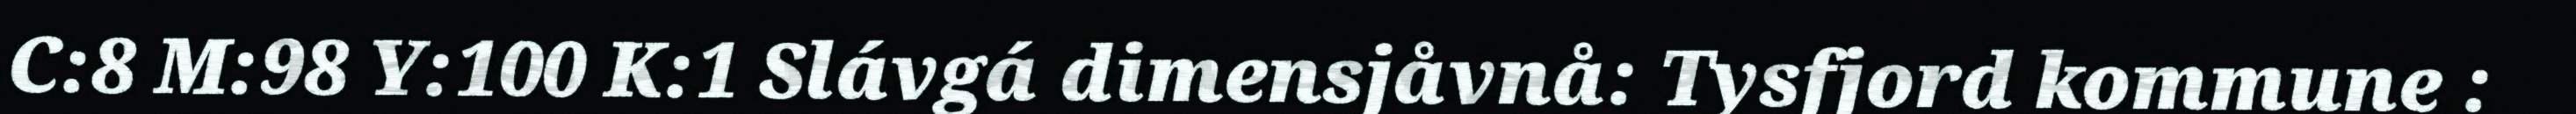
C:8 M:98 Y:100 K:1 Slávgá dimensjåvnå: Tysfjord kommune :